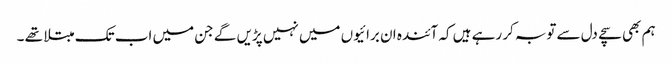
ہم بھی سچے دل سے توبہ کر رہے ہیں کہ آئندہ ان برائیوں میں نہیں پڑیں گے جن میں اب تک مبتلا تھے ۔